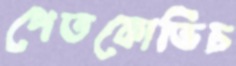
পেতকোভিচ